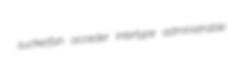
suckerfish acceder Intertype administrable